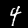
Label: 4